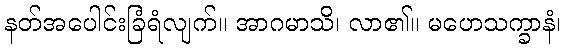
နတ်အပေါင်းခြံရံလျက်။ အာဂမာသိ၊ လာ၏။ မဟေသက္ခာနံ၊